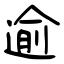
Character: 逾